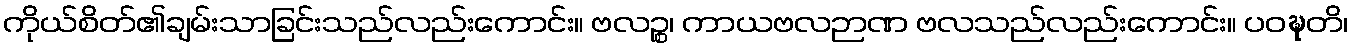
ကိုယ်စိတ်၏ချမ်းသာခြင်းသည်လည်းကောင်း။ ဗလဉ္စ၊ ကာယဗလဉာဏ ဗလသည်လည်းကောင်း။ ပဝဍ္ဎတိ၊